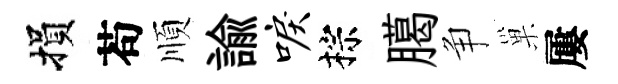
損苟順諭唳棕臈争巢屢